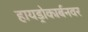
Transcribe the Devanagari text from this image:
हायड्रोकार्बनवर